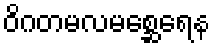
ဝိဂတမလမစ္ဆေရေန